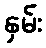
နှမ်း